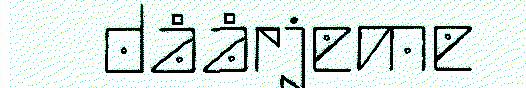
dåårjeme